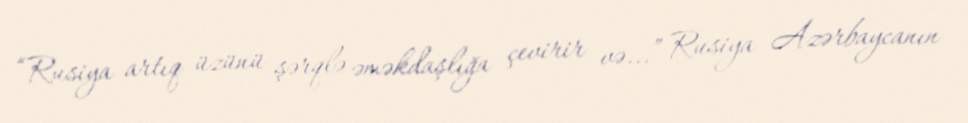
“Rusiya artıq üzünü şərqlə əməkdaşlığa çevirir və...” Rusiya Azərbaycanın